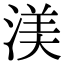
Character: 渼